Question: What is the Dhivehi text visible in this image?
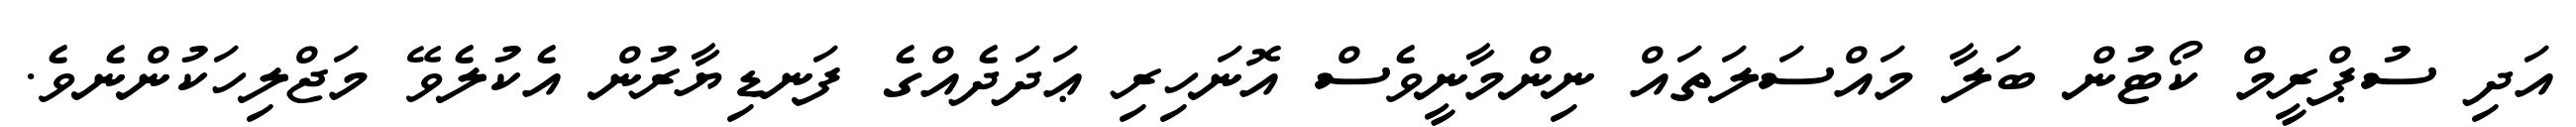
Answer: އަދި ސުޕްރީމް ކޯޓުން ބަލާ މައްސަލަތައް ނިންމާނީވެސް އޮނަހިރި ޢަދަދެއްގެ ފަނޑިޔާރުން އެކުލެވޭ މަޖްލިހަކުންނެވެ.